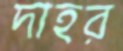
দাহর